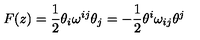
F ( z ) = \frac 1 2 \theta _ { i } \omega ^ { i j } \theta _ { j } = - \frac 1 2 \theta ^ { i } \omega _ { i j } \theta ^ { j }